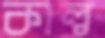
কাল্ব